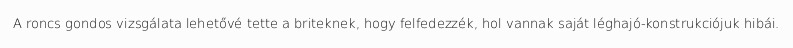
A roncs gondos vizsgálata lehetővé tette a briteknek, hogy felfedezzék, hol vannak saját léghajó-konstrukciójuk hibái.